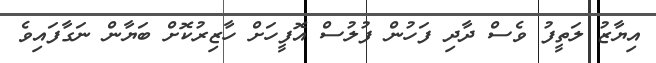
އިޔާޒު ލަތީފު ވެސް ދާދި ފަހުން ފުލުސް އޮފީހަށް ހާޒިރުކޮށް ބަޔާން ނަގާފައިވެ